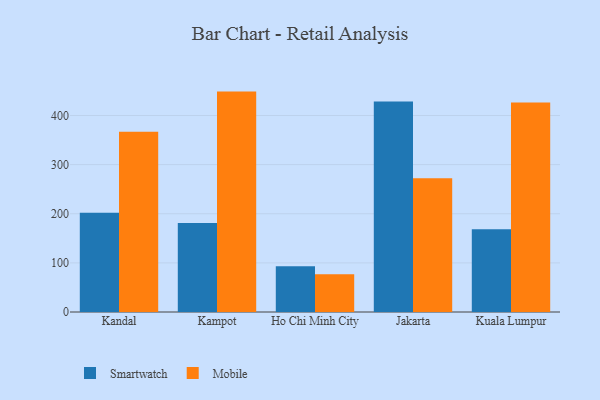
{"axis": {"x": "City", "y": "Bounce Rate (%)"}, "legend": ["Mobile", "Smartwatch"], "data": [{"x": "Kandal", "y": 202.1, "type": "Smartwatch"}, {"x": "Kandal", "y": 366.8, "type": "Mobile"}, {"x": "Kampot", "y": 181.2, "type": "Smartwatch"}, {"x": "Kampot", "y": 448.7, "type": "Mobile"}, {"x": "Ho Chi Minh City", "y": 93.3, "type": "Smartwatch"}, {"x": "Ho Chi Minh City", "y": 76.7, "type": "Mobile"}, {"x": "Jakarta", "y": 428.3, "type": "Smartwatch"}, {"x": "Jakarta", "y": 272.4, "type": "Mobile"}, {"x": "Kuala Lumpur", "y": 168.7, "type": "Smartwatch"}, {"x": "Kuala Lumpur", "y": 426.7, "type": "Mobile"}]}